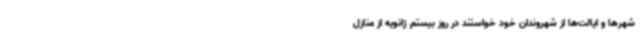
شهرها و ایالت‌ها از شهروندان خود خواستند در روز بیستم ژانویه از منازل